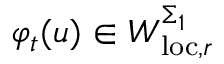
\varphi _ { t } ( u ) \in W _ { \mathrm { l o c } , r } ^ { \Sigma _ { 1 } }